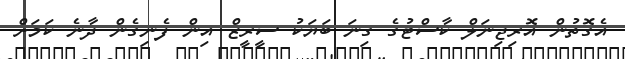
އެގޮތުން އޮރިޖިނަލް ކާސްޓުގެ ގިނަ ބަޔަކު ސީރީޒް އިން ފެނިގެން ދާނެ ކަމަށް